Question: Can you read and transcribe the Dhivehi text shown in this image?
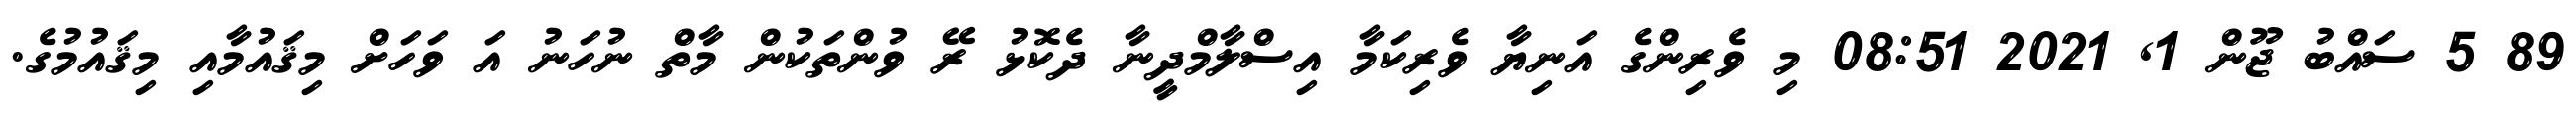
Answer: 89 5 ސައްބު ޖޫން 1, 2021 08:51 މި ވެރިންގެ އަނިޔާ ވެރިކަމާ އިސްލާމްދީނާ ދެކޮޅު ރޭ ވުންތަކުން މާތް ނުހަނު އަ ވަހަށް މިޤައުމާއި މިޤައުމުގެ.